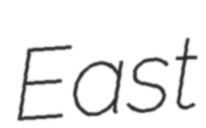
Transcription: East